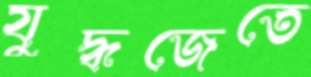
যুদ্ধজেতে